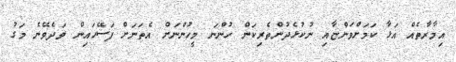
އިމާރާތެއް އަޅާ ކަމަށްވަންޏާއި ނުކުޅެދުންތެރިކަން ހުންނަ މީހުންނަށް އެތަނަށް ފަސޭހައިން ވަދެވޭނެ މަގު